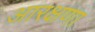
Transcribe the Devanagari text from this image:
आरक्षणा